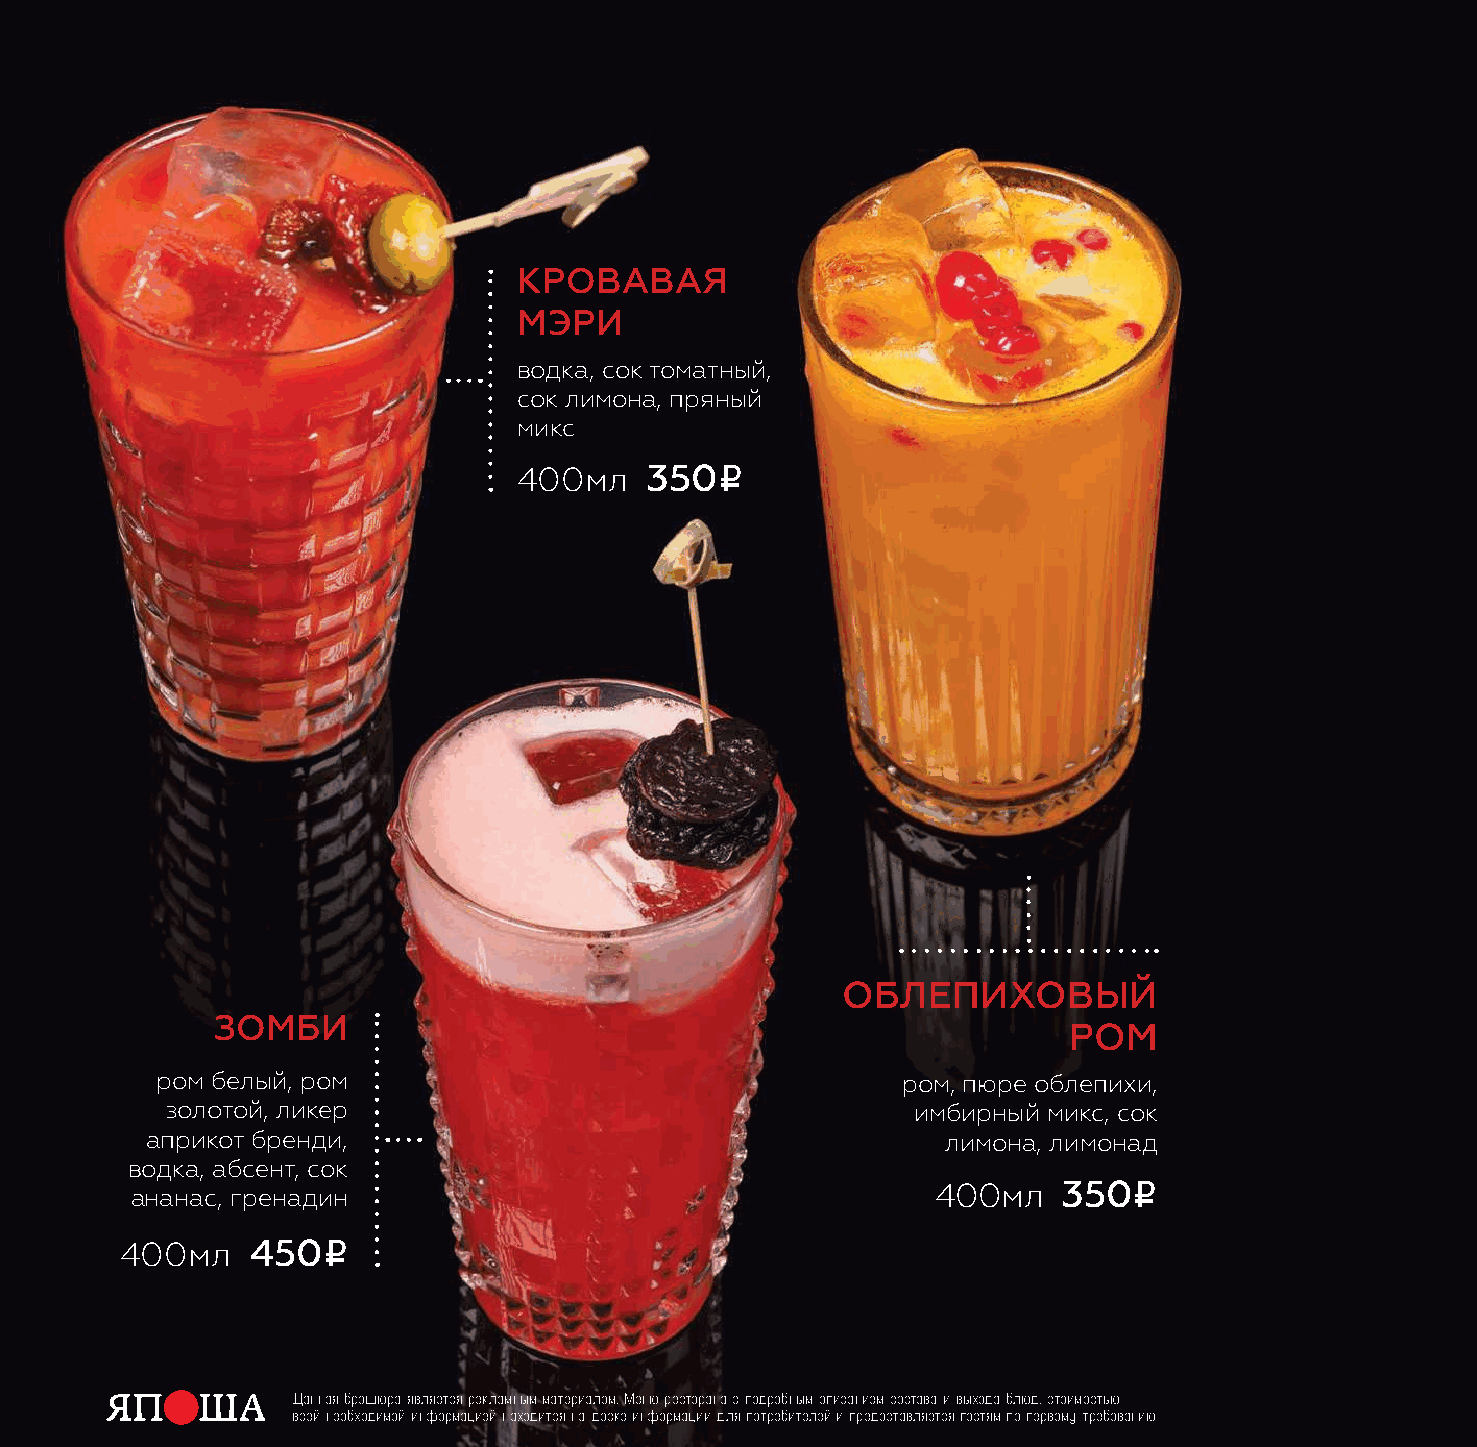
кровавая
 мэри
 водка, сок томатный,
 сок лимона, пряный
 микс
 i
 400мл    350
 облепиховый
 зомби
 ром
 ром белый, ром                                    ром, пюре облепихи,
 золотой, ликер                                   имбирный микс, сок
 априкот бренди,                                      лимона, лимонад
 водка, абсент, сок
 i
 ананас, гренадин                                     400мл   350
 i
 400мл    450
 Данная брошюра является рекламным материалом. Меню ресторана с подробным описанием состава и выхода блюд, стоимостью
 всей необходимой информацией находится на доске информации для потребителей и предоставляется гостям по первому требованию